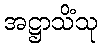
အဋ္ဌာသိံသု